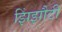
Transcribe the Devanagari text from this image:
झिंझौटी